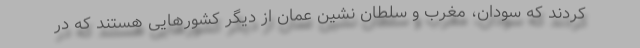
کردند که سودان، مغرب و سلطان نشین عمان از دیگر کشورهایی هستند که در